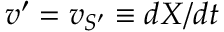
v ^ { \prime } = v _ { S ^ { \prime } } \equiv d X / d t